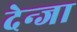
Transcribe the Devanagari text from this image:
देन्जा